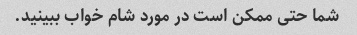
شما حتی ممکن است در مورد شام خواب ببینید.